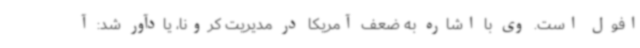
افول است. وی با اشاره به ضعف آمریکا در مدیریت کرونا، یادآور شد: آ